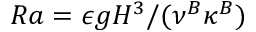
R a = \epsilon g H ^ { 3 } / ( \nu ^ { B } \kappa ^ { B } )